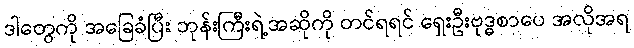
ဒါတွေကို အခြေခံပြီး ဘုန်းကြီးရဲ့အဆိုကို တင်ရရင် ရှေးဦးဗုဒ္ဓစာပေ အလိုအရ